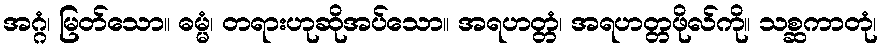
အဂ္ဂံ၊ မြတ်သော။ ဓမ္မံ၊ တရားဟုဆိုအပ်သော။ အရဟတ္တံ၊ အရဟတ္တဖိုလ်ကို။ သစ္ဆကာတုံ၊